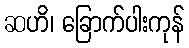
ဆဟိ၊ ခြောက်ပါးကုန်